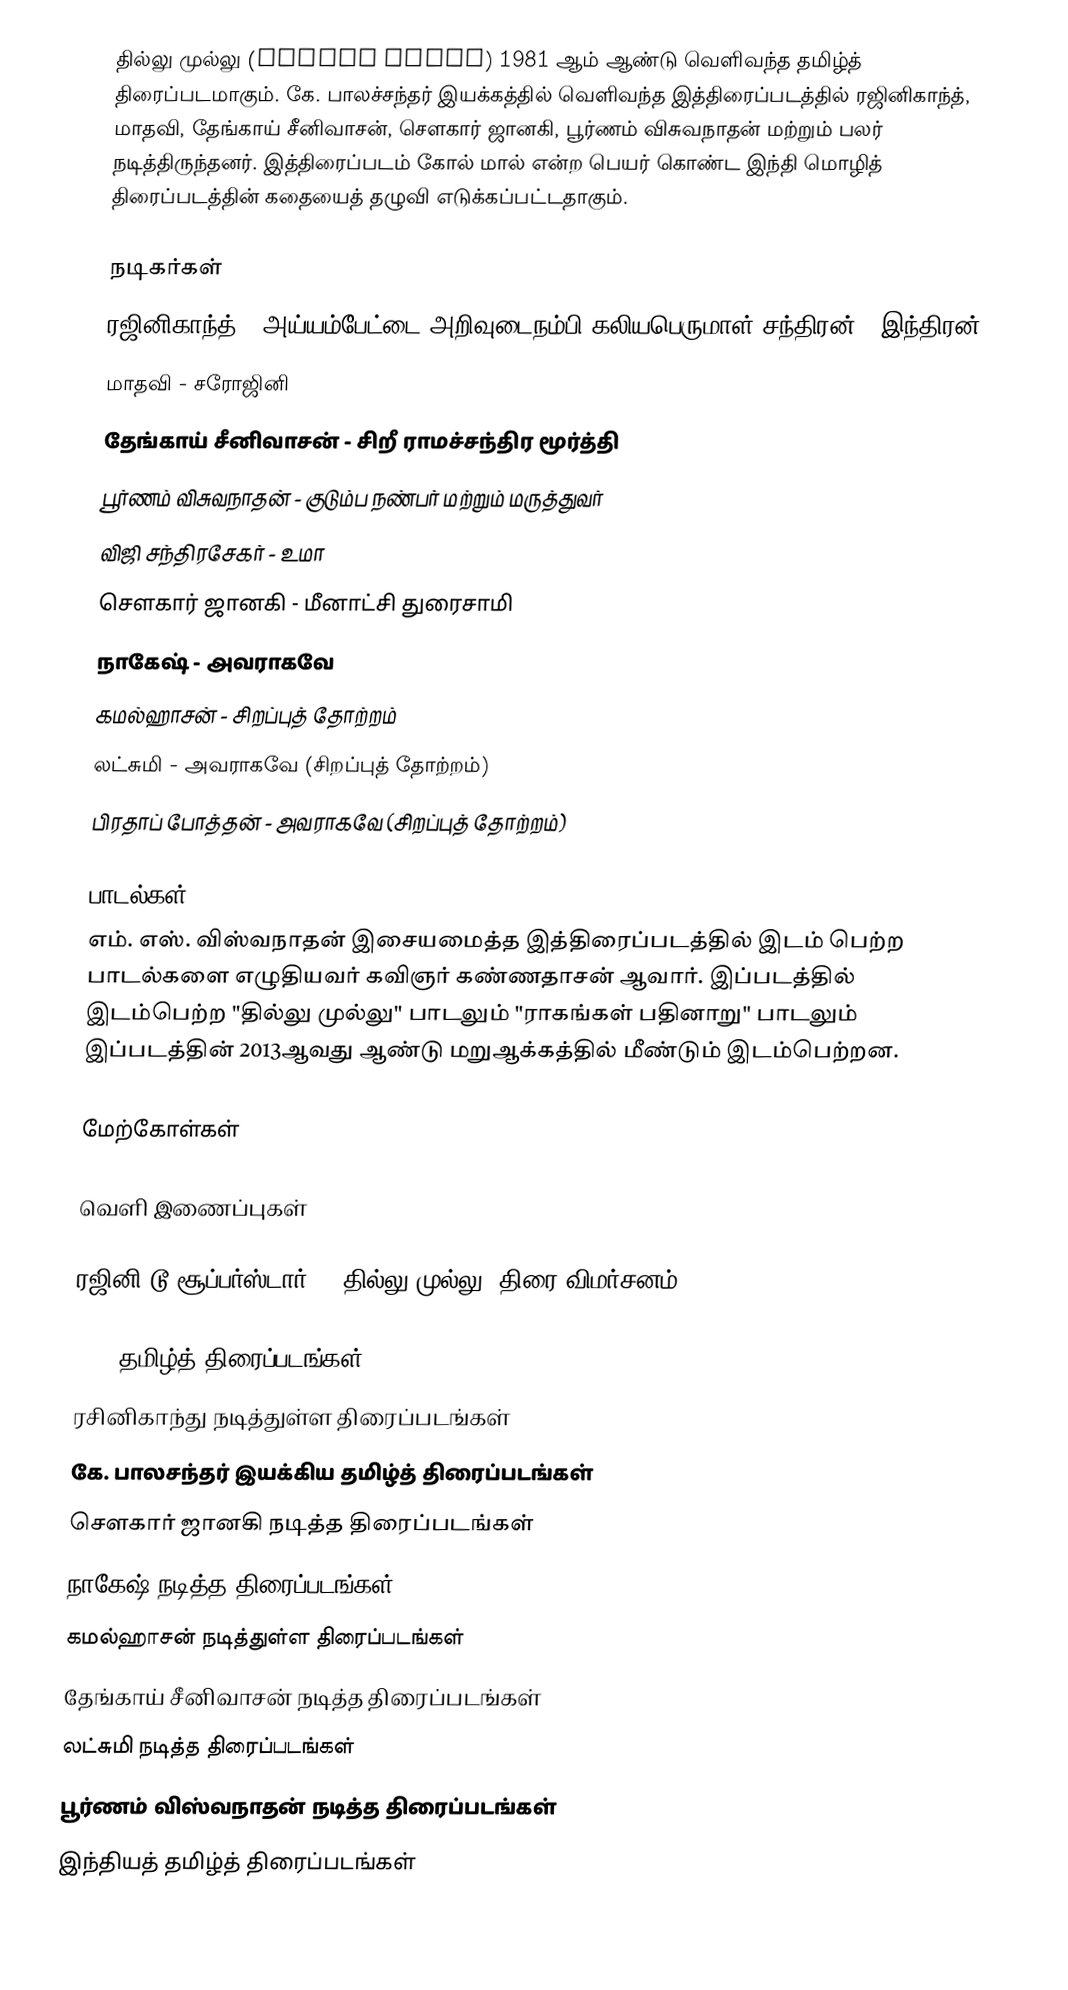
தில்லு முல்லு (Thillu Mullu)  1981 ஆம் ஆண்டு வெளிவந்த தமிழ்த் திரைப்படமாகும். கே. பாலச்சந்தர் இயக்கத்தில் வெளிவந்த இத்திரைப்படத்தில் ரஜினிகாந்த், மாதவி, தேங்காய் சீனிவாசன், சௌகார் ஜானகி, பூர்ணம் விசுவநாதன் மற்றும் பலர் நடித்திருந்தனர். இத்திரைப்படம் கோல் மால் என்ற பெயர் கொண்ட இந்தி மொழித் திரைப்படத்தின் கதையைத் தழுவி எடுக்கப்பட்டதாகும்.

நடிகர்கள்
 ரஜினிகாந்த் - அய்யம்பேட்டை அறிவுடைநம்பி கலியபெருமாள் சந்திரன் / இந்திரன்.
 மாதவி - சரோஜினி
 தேங்காய் சீனிவாசன் - சிறீ ராமச்சந்திர மூர்த்தி
 பூர்ணம் விசுவநாதன் - குடும்ப நண்பர் மற்றும் மருத்துவர்
 விஜி சந்திரசேகர் - உமா
 சௌகார் ஜானகி - மீனாட்சி துரைசாமி
 நாகேஷ் - அவராகவே
 கமல்ஹாசன் - சிறப்புத் தோற்றம்
 லட்சுமி - அவராகவே (சிறப்புத் தோற்றம்)
 பிரதாப் போத்தன் - அவராகவே (சிறப்புத் தோற்றம்)

பாடல்கள்
எம். எஸ். விஸ்வநாதன் இசையமைத்த இத்திரைப்படத்தில் இடம் பெற்ற பாடல்களை எழுதியவர் கவிஞர் கண்ணதாசன் ஆவார். இப்படத்தில் இடம்பெற்ற "தில்லு முல்லு" பாடலும் "ராகங்கள் பதினாறு" பாடலும் இப்படத்தின் 2013ஆவது ஆண்டு மறுஆக்கத்தில் மீண்டும் இடம்பெற்றன.

மேற்கோள்கள்

வெளி இணைப்புகள்

 ரஜினி டூ சூப்பர்ஸ்டார் – ‘தில்லு முல்லு’ திரை விமர்சனம்

1981 தமிழ்த் திரைப்படங்கள்
ரசினிகாந்து நடித்துள்ள திரைப்படங்கள்
கே. பாலசந்தர் இயக்கிய தமிழ்த் திரைப்படங்கள்
சௌகார் ஜானகி நடித்த திரைப்படங்கள்
நாகேஷ் நடித்த திரைப்படங்கள்
கமல்ஹாசன் நடித்துள்ள திரைப்படங்கள்
தேங்காய் சீனிவாசன் நடித்த திரைப்படங்கள்
லட்சுமி நடித்த திரைப்படங்கள்
பூர்ணம் விஸ்வநாதன் நடித்த திரைப்படங்கள்
இந்தியத் தமிழ்த் திரைப்படங்கள்